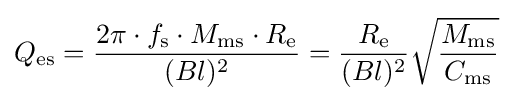
Q_{\rm {es}}={\frac {2\pi \cdot f_{\rm {s}}\cdot M_{\rm {ms}}\cdot R_{\rm {e}}}{(Bl)^{2}}}={\frac {R_{\rm {e}}}{(Bl)^{2}}}{\sqrt {\frac {M_{\rm {ms}}}{C_{\rm {ms}}}}}